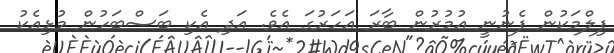
ފިލްމަކުން ފެނުނީ އުމުރުން ބާރަ އަހަރުގަ އެވެ. އަދި އެކި ބަސްބަހުން މުޅިއެކު